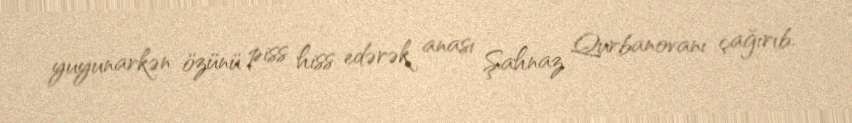
yuyunarkən özünü piss hiss edərək anası Şahnaz Qurbanovanı çağırıb.